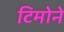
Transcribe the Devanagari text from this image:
टिमोने